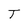
Character: T